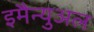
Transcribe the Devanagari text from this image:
इमैन्युअल